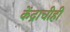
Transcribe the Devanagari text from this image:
केंद्राचीही